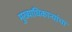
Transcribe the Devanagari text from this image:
मुख्याधिकार्‍यांचा